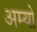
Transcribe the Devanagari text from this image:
अम्यो